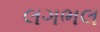
લગભલ